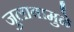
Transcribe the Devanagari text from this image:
जुलाबामुळे